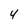
Character: 4